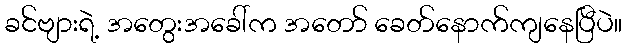
ခင်ဗျားရဲ့ အတွေးအခေါ်က အတော် ခေတ်နောက်ကျနေပြီပဲ။